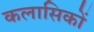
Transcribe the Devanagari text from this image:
कलासिकों